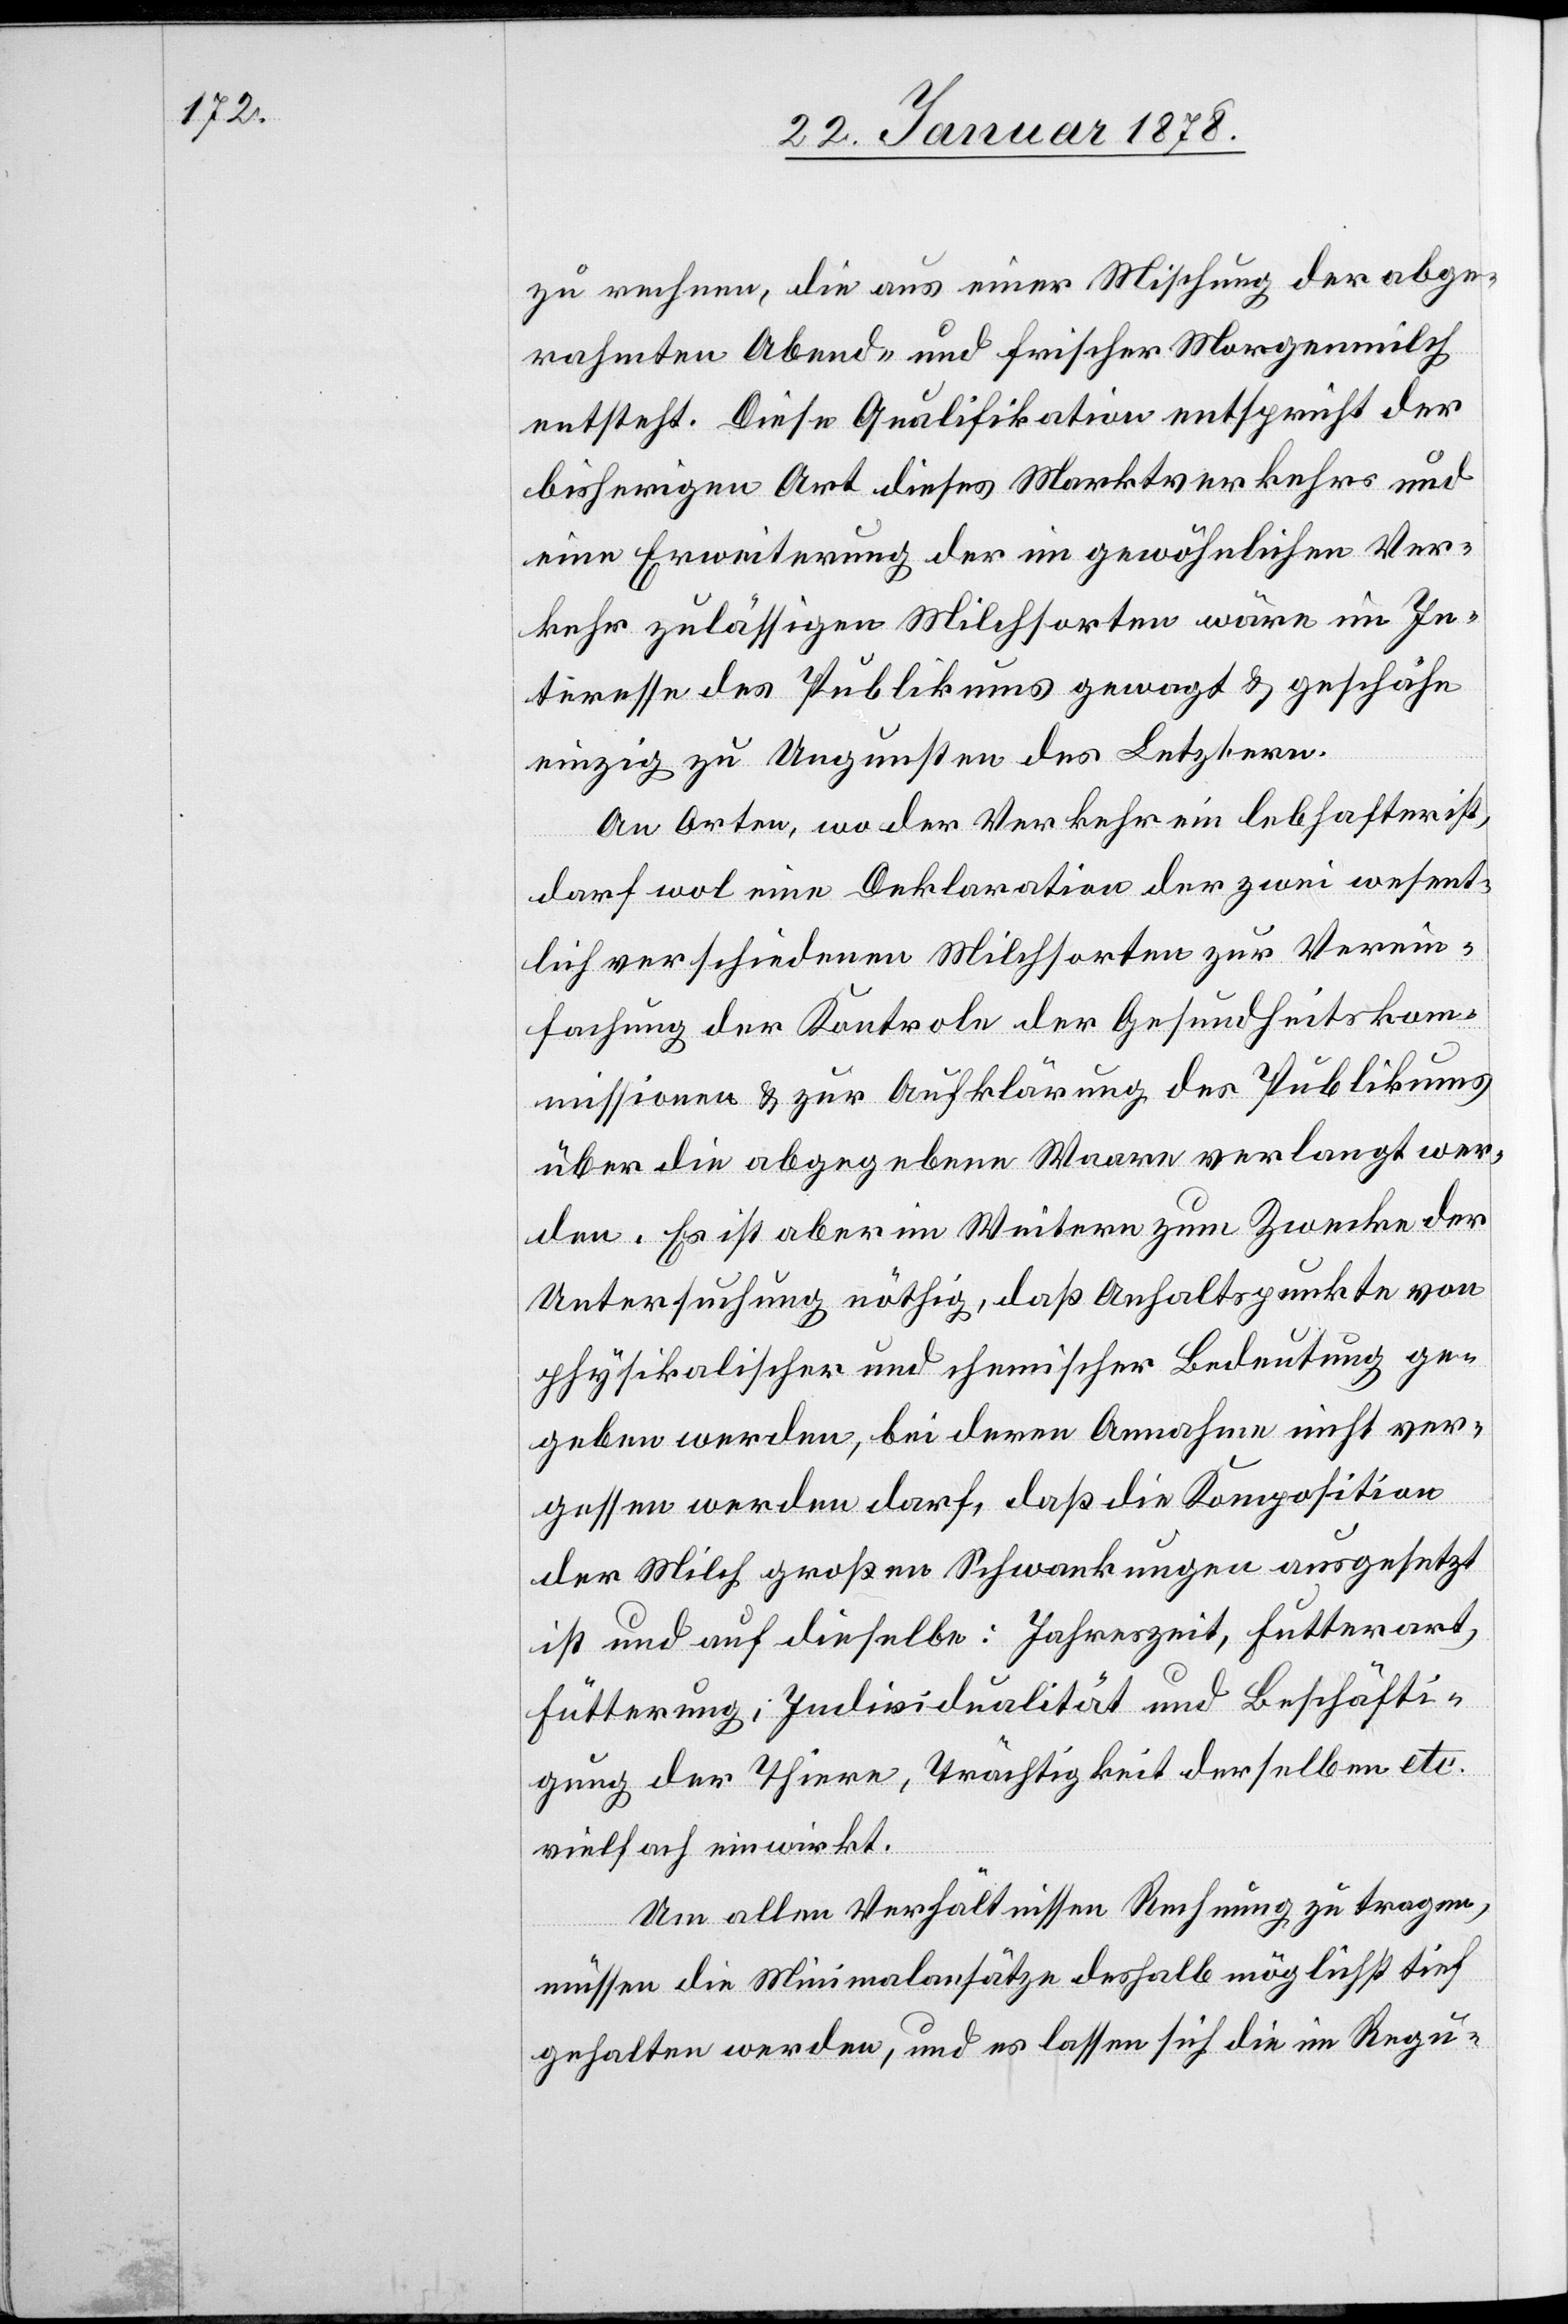
zu rechnen, die aus einer Mischung der abge¬
rahmten Abend- und frischer Morgenmilch
entsteht. Diese Qualifikation entspricht der
bisherigen Art dieses Martkverkehrs und
eine Erweiterung der im gewöhnlichen Ver¬
kehr zulässigen Michsorten wäre im In¬
teresse des Publikums gewagt & geschähe
einzig zu Ungunsten des Letztern.
An Arten, wo der Verkehr ein lebhafter ist,
darf wol eine Deklaration der zwei wesent¬
lich verschiedenen Milchsorten zur Verein¬
fachung der Kontrole der Gesundheitskom¬
missionen & zur Aufklärung des Publikums
über die abgegebene Waare verlangt wer¬
den. Es ist aber im Weitern zum Zwecke der
Untersuchung nöthig, daß Anhaltspunkte von
physikalischer und chemischer Bedeutung ge¬
geben werden, bei deren Annahme nicht ver¬
gessen werden darf, daß die Komposition
der Milch großen Schwankungen ausgesetzt
ist und auf dieselbe: Jahreszeit, Futterart,
Fütterung, Individualität und Beschäfti¬
gung der Thiere, Trächtigkeit derselben etc.
vielfach einwirkt.
Um allen Verhältnissen Rechnung zu tragen,
müssen die Minimalansätze deshalb möglichst tief
gehalten werden, und es lassen sich die im Regu-